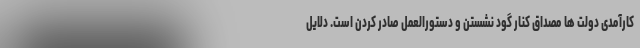
کارآمدی دولت ها مصداق کنار گود نشستن و دستورالعمل صادر کردن است. دلایل